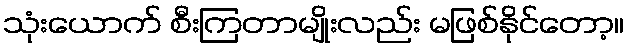
သုံးယောက် စီးကြတာမျိုးလည်း မဖြစ်နိုင်တော့။